Indian journal of veterinary science and animal husbandry - Volume 12,
Year: 1942
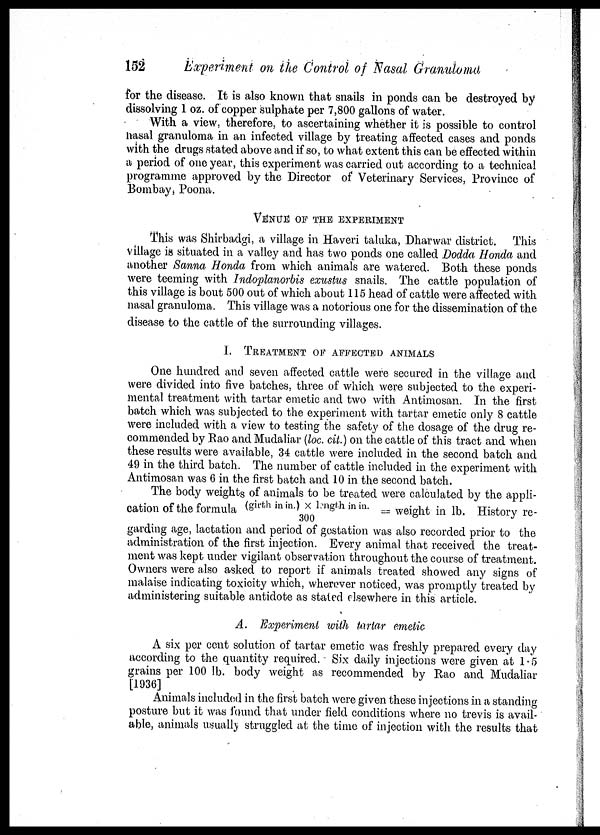
152
Experiment on the Control of Nasal Granuloma
for the disease. It is also known that snails in ponds can be destroyed by
dissolving 1 oz. of copper sulphate per 7,800 gallons of water.
With a view, therefore, to ascertaining whether it is possible to control
nasal granuloma in an infected village by treating affected cases and ponds
with the drugs stated above and if so, to what extent this can be effected within
a period of one year, this experiment was carried out according to a technical
programme approved by the Director of Veterinary Services, Province of
Bombay, Poona.
VENUE OF THE EXPERIMENT
This was Shirbadgi, a village in Haveri taluka, Dharwar district. This
village is situated in a valley and has two ponds one called Dodda Honda and
another Sanna Honda from which animals are watered. Both these ponds
were teeming with Indoplanorbis exustus snails. The cattle population of
this village is bout 500 out of which about 115 head of cattle were affected with
nasal granuloma. This village was a notorious one for the dissemination of the
disease to the cattle of the surrounding villages.
I. TREATMENT OF AFFECTED ANIMALS
One hundred and seven affected cattle were secured in the village and
were divided into five batches, three of which were subjected to the experi-
mental treatment with tartar emetic and two with Antimosan. In the first
batch which was subjected to the experiment with tartar emetic only 8 cattle
were included with a view to testing the safety of the dosage of the drug re-
commended by Rao and Mudaliar (loc. cit.) on the cattle of this tract and when
these results were available, 34 cattle were included in the second batch and
49 in the third batch. The number of cattle included in the experiment with
Antimosan was 6 in the first batch and 10 in the second batch.
The body weights of animals to be treated were calculated by the appli-
cation of the formula (girth in in.) × length in in./300= weight in lb. History re-
garding age, lactation and period of gestation was also recorded prior to the
administration of the first injection. Every animal that received the treat-
ment was kept under vigilant observation throughout the course of treatment.
Owners were also asked to report if animals treated showed any signs of
malaise indicating toxicity which, wherever noticed, was promptly treated by
administering suitable antidote as stated elsewhere in this article.
A. Experiment with tartar emetic
A six per cent solution of tartar emetic was freshly prepared every day
according to the quantity required. Six daily injections were given at 1.5
grains per 100 lb. body weight as recommended by Rao and Mudaliar
[1936]
Animals included in the first batch were given these injections in a standing
posture but it was found that under field conditions where no trevis is avail-
able, animals usually struggled at the time of injection with the results that